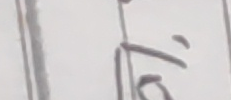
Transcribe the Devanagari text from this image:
जि हो